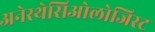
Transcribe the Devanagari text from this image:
अनेस्थेसिओलोजिस्ट